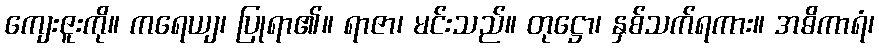
ကျေးဇူးကို။ ကရေယျ၊ ပြုရာ၏။ ရာဇာ၊ မင်းသည်။ တုဋ္ဌော၊ နှစ်သက်ရကား။ အဓိကာရံ၊